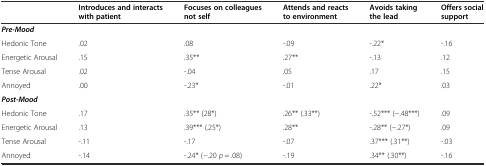
|  | Introduces and interacts with patient | Focuses on colleagues not self | Attends and reacts to environment | Avoids taking the lead | Offers social support |
 | --- | --- | --- | --- | --- | --- |
 | Pre-Mood |  |  |  |  |  |
 | Hedonic Tone | .02 | .08 | -.09 | -.22* | -.16 |
 | Energetic Arousal | .15 | .35** | .27** | -.13 | .12 |
 | Tense Arousal | .02 | -.04 | .05 | .17 | .15 |
 | Annoyed | .00 | -.23* | -.01 | .22* | .03 |
 | Post-Mood |  |  |  |  |  |
 | Hedonic Tone | .17 | .35** (28*) | .26** (.33**) | -.52*** (−.48***) | .09 |
 | Energetic Arousal | .13 | .39*** (.25*) | .28** | -.28** (−.27*) | .09 |
 | Tense Arousal | -.11 | -.17 | -.07 | .37*** (.31**) | -.03 |
 | Annoyed | -.14 | -.24* (−.20 p = .08) | -.19 | .34** (.30**) | -.16 |